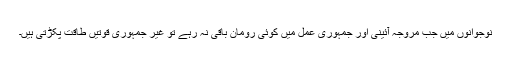
نوجوانوں میں جب مروجہ آئینی اور جمہوری عمل میں کوئی رومان باقی نہ رہے تو غیر جمہوری قوتیں طاقت پکڑتی ہیں۔